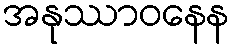
အနုဿာဝနေန